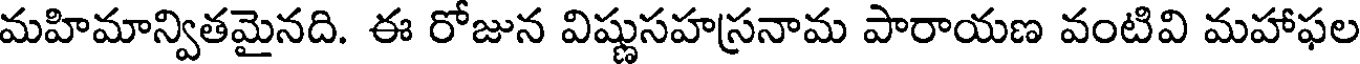
మహిమాన్వితమైనది. ఈ రోజున విష్ణుసహస్రనామ పారాయణ వంటివి మహాఫల